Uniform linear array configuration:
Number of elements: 24
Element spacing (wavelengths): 0.75
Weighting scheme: exponential
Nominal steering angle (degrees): -45
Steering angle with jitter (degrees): -45.507
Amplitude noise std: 0.05
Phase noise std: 0.05

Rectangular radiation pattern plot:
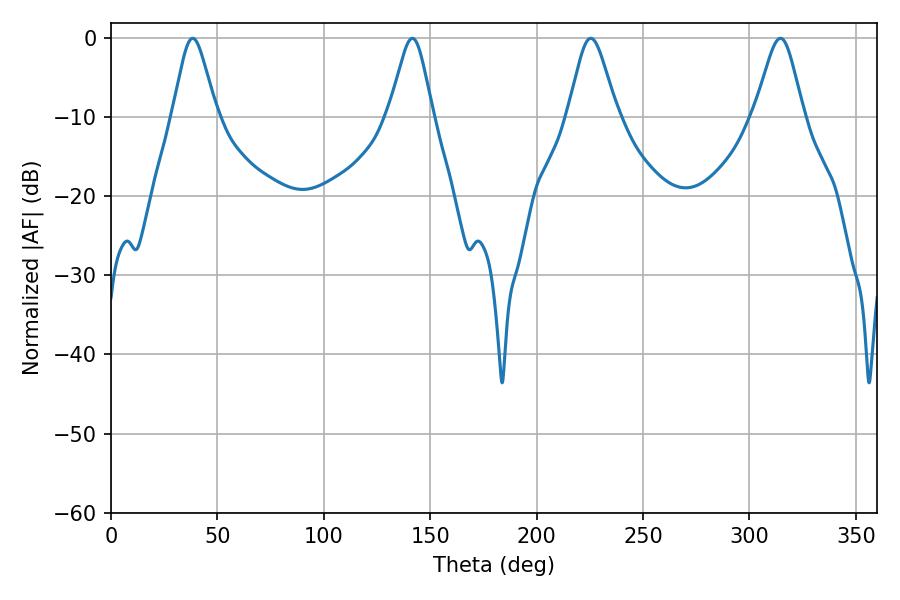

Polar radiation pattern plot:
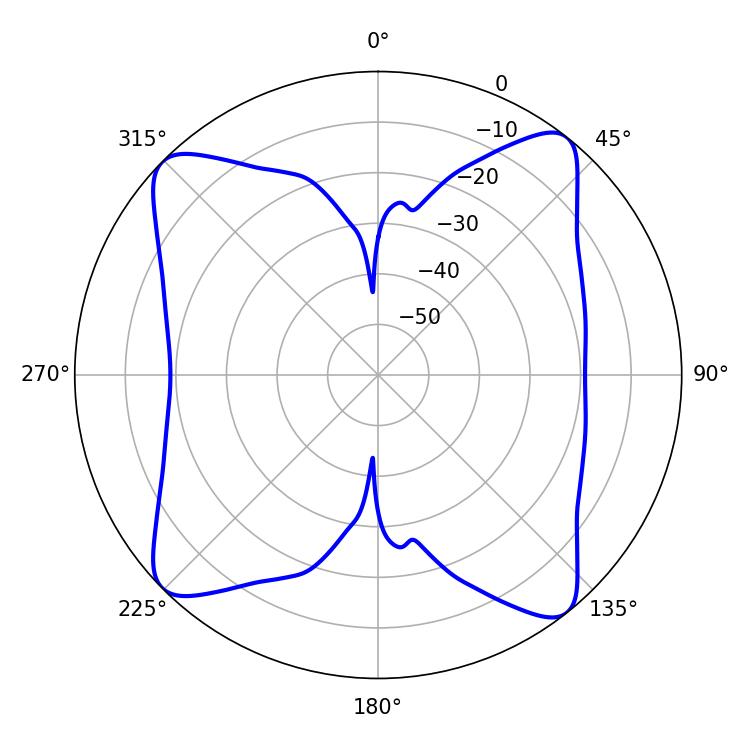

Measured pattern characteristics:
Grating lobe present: TRUE
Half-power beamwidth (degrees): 9.9
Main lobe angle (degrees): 38.34